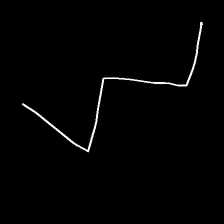
Glyph: crush